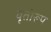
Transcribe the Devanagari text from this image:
वृतीरूप